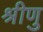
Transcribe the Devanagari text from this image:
श्रीणु